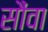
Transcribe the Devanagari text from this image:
सौंवा